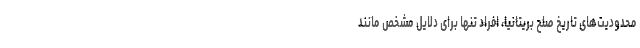
محدودیت‌های تاریخ صلح بریتانیا، افراد تنها برای دلایل مشخص مانند